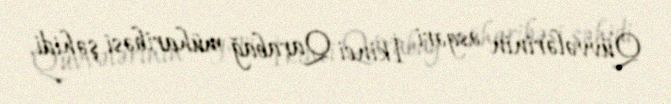
Qüvvələrinin əsgəri, İkinci Qarabağ müharibəsi şəhidi.